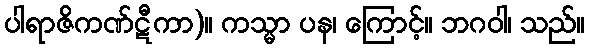
ပါရာဇိကဏ်ဋီကာ)။ ကသ္မာ ပန၊ ကြောင့်။ ဘဂဝါ၊ သည်။